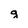
Character: g